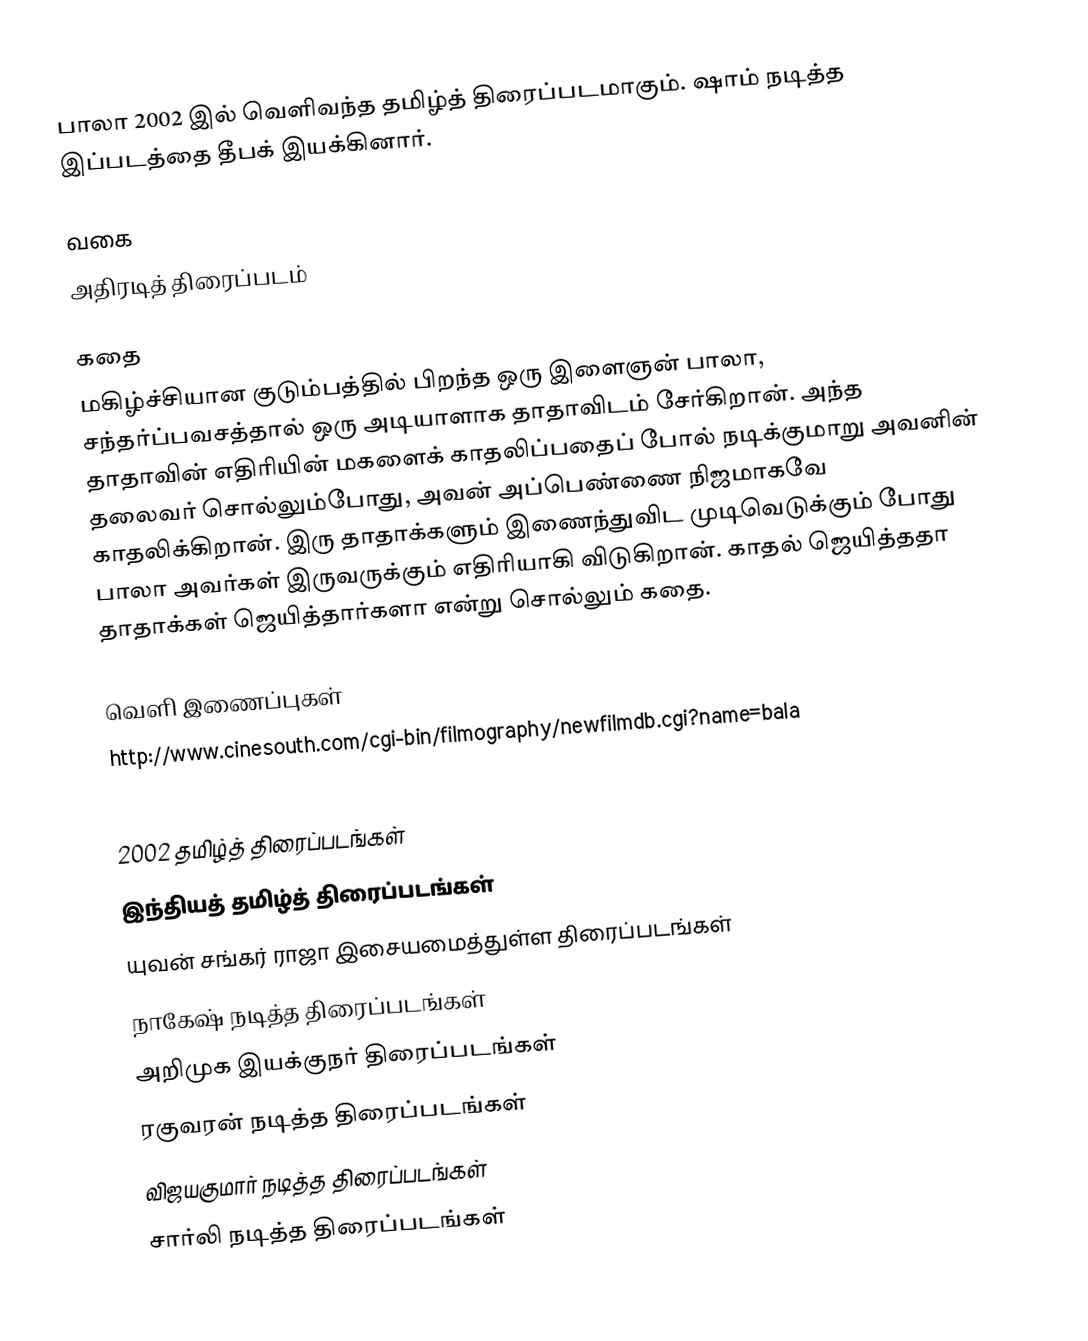
பாலா  2002 இல் வெளிவந்த தமிழ்த் திரைப்படமாகும். ஷாம் நடித்த இப்படத்தை தீபக் இயக்கினார்.

வகை
அதிரடித் திரைப்படம்

கதை
மகிழ்ச்சியான குடும்பத்தில்  பிறந்த ஒரு இளைஞன் பாலா, சந்தர்ப்பவசத்தால் ஒரு அடியாளாக தாதாவிடம் சேர்கிறான்.  அந்த தாதாவின் எதிரியின் மகளைக் காதலிப்பதைப்  போல் நடிக்குமாறு அவனின் தலைவர் சொல்லும்போது, அவன் அப்பெண்ணை நிஜமாகவே காதலிக்கிறான்.  இரு தாதாக்களும்  இணைந்துவிட முடிவெடுக்கும் போது பாலா அவர்கள் இருவருக்கும் எதிரியாகி விடுகிறான். காதல் ஜெயித்ததா தாதாக்கள் ஜெயித்தார்களா என்று சொல்லும் கதை.

வெளி இணைப்புகள்
 http://www.cinesouth.com/cgi-bin/filmography/newfilmdb.cgi?name=bala

2002 தமிழ்த் திரைப்படங்கள்
இந்தியத் தமிழ்த் திரைப்படங்கள்
யுவன் சங்கர் ராஜா இசையமைத்துள்ள திரைப்படங்கள்
நாகேஷ் நடித்த திரைப்படங்கள்
அறிமுக இயக்குநர் திரைப்படங்கள்
ரகுவரன் நடித்த திரைப்படங்கள்
விஜயகுமார் நடித்த திரைப்படங்கள்
சார்லி நடித்த திரைப்படங்கள்